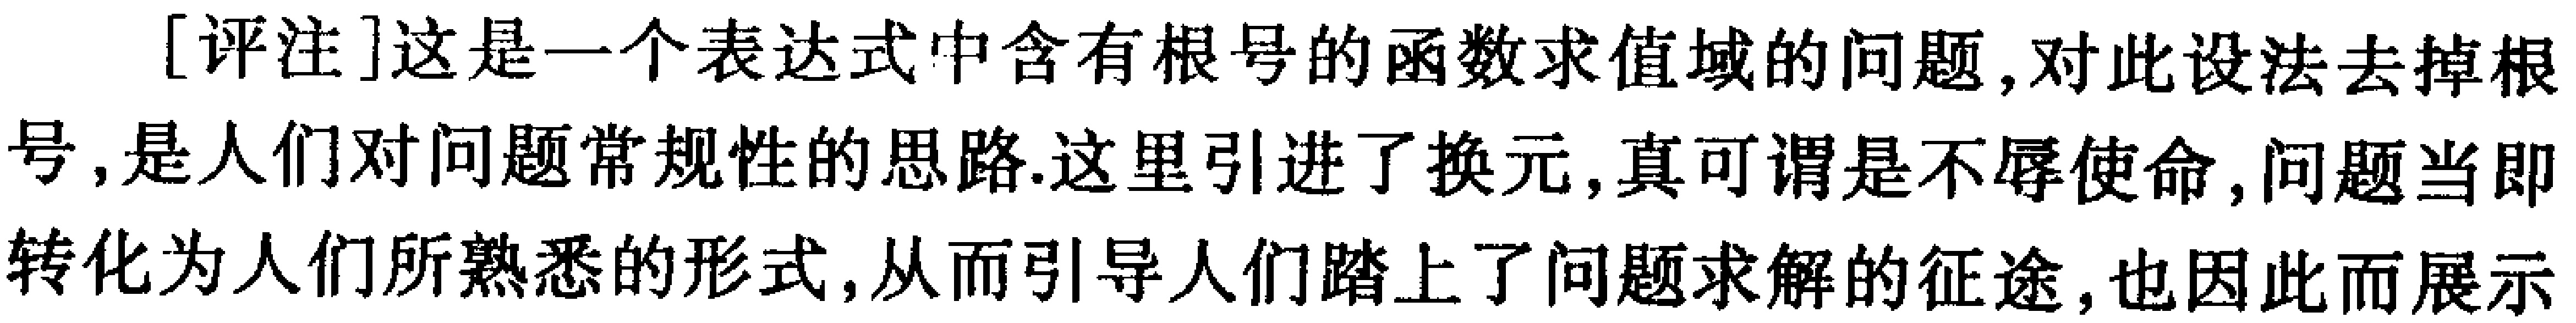
[评注]这是一个表达式中含有根号的函数求值域的问题,对此设法去掉根号,是人们对问题常规性的思路.这里引进了换元,真可谓是不辱使命,问题当即转化为人们所熟悉的形式,从而引导人们踏上了问题求解的征途,也因此而展示